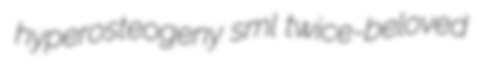
hyperosteogeny sml twice-beloved